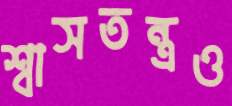
শ্বাসতন্ত্রও